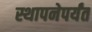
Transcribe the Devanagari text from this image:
स्थापनेपर्यंत